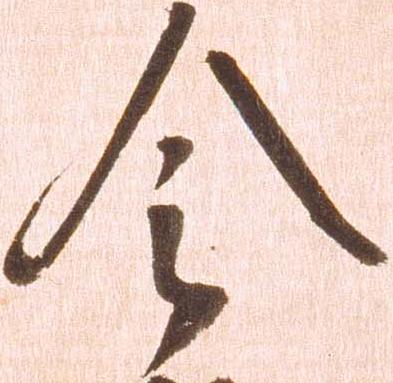
令